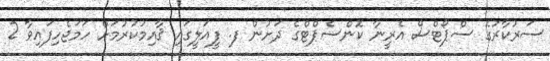
ސަރުކާރުގެ ސްޕޯޓްސް އެރީނާ ކޮންސެޕްޓްގެ ދަށުން ފ. ފީއަލީގައި ޤާއިމުކުރުމަށް ހަމަޖެހިފައިވާ 2